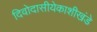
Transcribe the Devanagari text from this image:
दिवोदासीयेकाशीखंडे